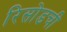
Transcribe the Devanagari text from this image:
रिसोडची